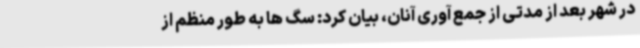
در شهر بعد از مدتی از جمع آوری آنان، بیان کرد: سگ ها به طور منظم از